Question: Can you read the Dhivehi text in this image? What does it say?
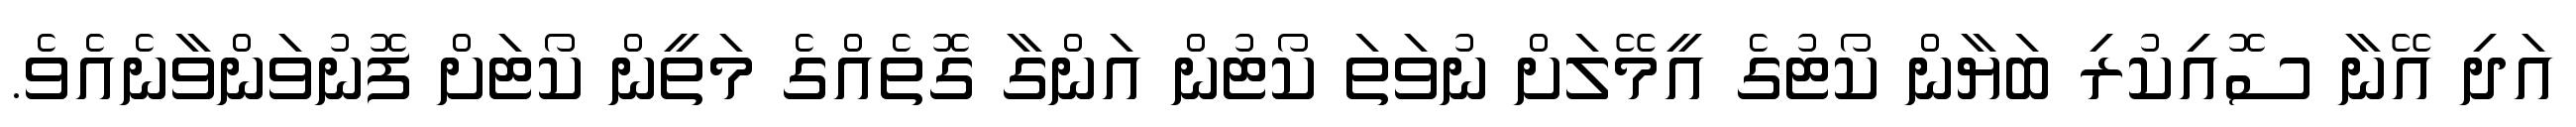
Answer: އަދި އޭނާ ސޮއިކުރި ބަޔާން ކޯޓުގެ އީމޭލަށް ނުވަތަ ކޯޓުން އަންގާ ގޮތެއްގެ މަތީން ކޯޓަށް ފޮނުވަންވާނެއެވެ.